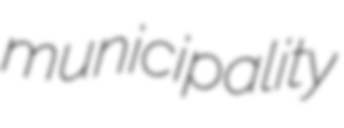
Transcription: municipality